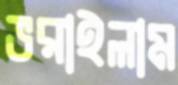
ভরাইলাম